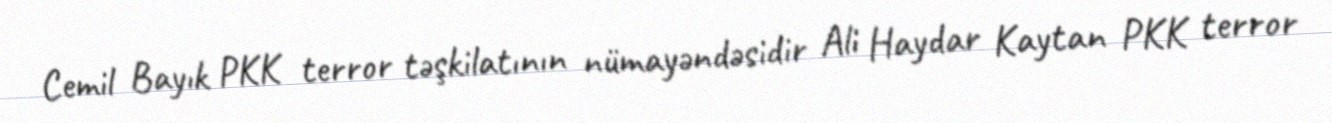
Cemil Bayık PKK terror təşkilatının nümayəndəsidir Ali Haydar Kaytan PKK terror